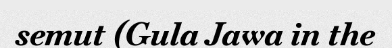
semut (Gula Jawa in the